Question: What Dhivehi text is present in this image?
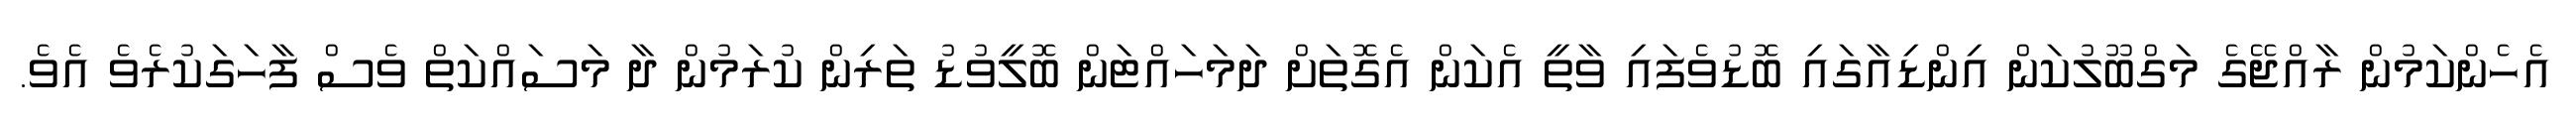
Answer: އެހެންކަމުން ރާއްޖޭގެ މަގްބޫލުކަން އިންޑިއާގައި ބޮޑުވެފައި ވާތީ އެކަން އެގޮތަށް ދަމަހައްޓަން ބޮލީވުޑު ތަރިން ކުރަމުން ދާ މަސައްކަތް ވެސް ފާހަގަކުރެވެ އެވެ.